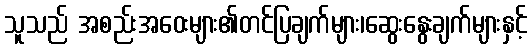
သူသည် အစည်းအဝေးများ၏တင်ပြချက်များ၊ဆွေးနွေးချက်များနှင့်